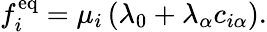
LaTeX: f_{i}^{\mathrm{eq}}=\mu_{i}\left(\lambda_{0}+\lambda_{\alpha}c_{i\alpha}\right).